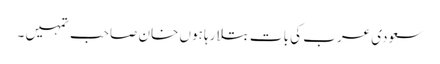
سعودی عرب کی بات بتلا رہا ہوں خان صاحب تمہیں ۔